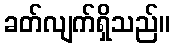
ခတ်လျက်ရှိသည်။